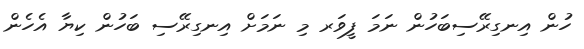
ހުން އިނގިރޭސިބަހުން ނަމަ ފީވަރ މި ނަމަށް އިނގިރޭސި ބަހުން ކިޔާ އެހެން